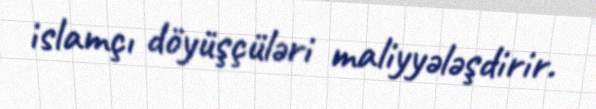
islamçı döyüşçüləri maliyyələşdirir.